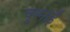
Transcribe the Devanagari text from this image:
चुलाई